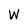
Character: W